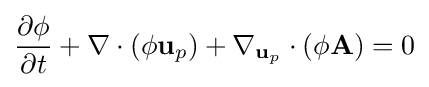
{\frac {\partial \phi }{\partial t}}+\nabla \cdot (\phi \mathbf {u} _{p})+\nabla _{\mathbf {u} _{p}}\cdot \left(\phi \mathbf {A} \right)=0